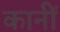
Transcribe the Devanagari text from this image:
कानीं